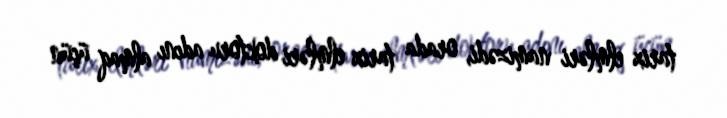
tarix elmləri namizədi, orada tarix elmləri doktoru adını almaq üçün